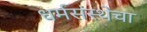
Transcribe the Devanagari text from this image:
धर्मसंस्थेचा